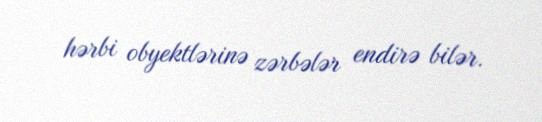
hərbi obyektlərinə zərbələr endirə bilər.